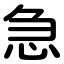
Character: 急